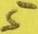
Text: 5